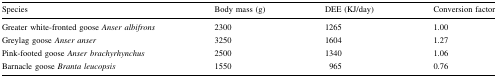
<table><thead><tr><td><b>Species</b></td><td><b>Body mass (g)</b></td><td><b>DEE (KJ/day)</b></td><td><b>Conversion factor</b></td></tr></thead><tbody><tr><td>Greater white-fronted goose <i>Anser albifrons</i></td><td>2300</td><td>1265</td><td>1.00</td></tr><tr><td>Greylag goose <i>Anser anser</i></td><td>3250</td><td>1604</td><td>1.27</td></tr><tr><td>Pink-footed goose <i>Anser brachyrhynchus</i></td><td>2500</td><td>1340</td><td>1.06</td></tr><tr><td>Barnacle goose <i>Branta leucopsis</i></td><td>1550</td><td>965</td><td>0.76</td></tr></tbody></table>